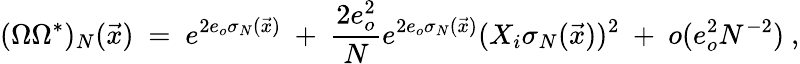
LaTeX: (\Omega\Omega^{*})_{N}(\vec{x})\ =\ e^{2e_{o}\sigma_{N}(\vec{x})}\ +\ \frac{2e_{o}^{2}}{N}e^{2e_{o}\sigma_{N}(\vec{x})}(X_{i}\sigma_{N}(\vec{x}))^{2}\ +\ o(e_{o}^{2}N^{-2})\ ,